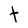
Character: t